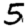
Digit: 5